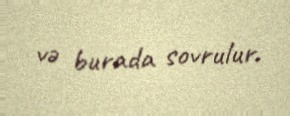
və burada sovrulur.